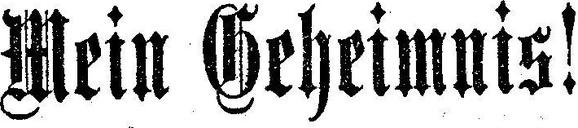
Mein Geheimnis!